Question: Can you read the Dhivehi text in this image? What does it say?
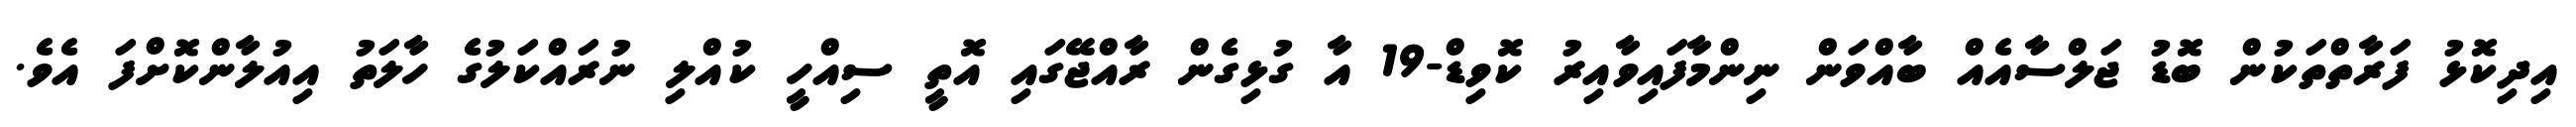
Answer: އިދިކޮޅު ފަރާތްތަކުން ބޮޑު ޖަލްސާއެއް ބާއްވަން ނިންމާފައިވާއިރު ކޮވިޑް-19 އާ ގުޅިގެން ރާއްޖޭގައި އޮތީ ސިއްހީ ކުއްލި ނުރައްކަލުގެ ހާލަތު އިއުލާންކޮށްފަ އެވެ.